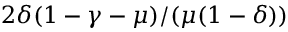
2 \delta ( 1 - \gamma - \mu ) / ( \mu ( 1 - \delta ) )